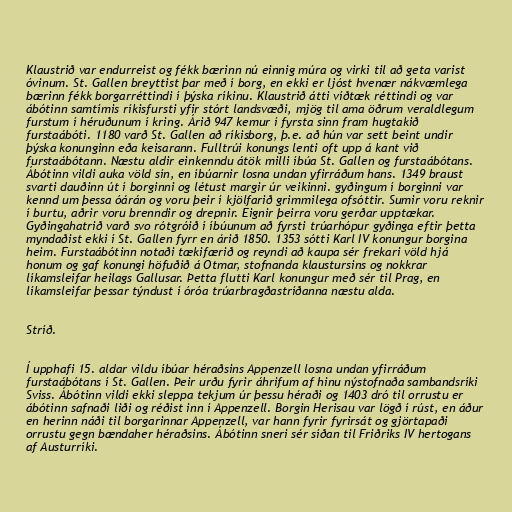
Klaustrið var endurreist og fékk bærinn nú einnig múra og virki til að geta varist
óvinum. St. Gallen breyttist þar með í borg, en ekki er ljóst hvenær nákvæmlega
bærinn fékk borgarréttindi í þýska ríkinu. Klaustrið átti víðtæk réttindi og var
ábótinn samtímis ríkisfursti yfir stórt landsvæði, mjög til ama öðrum veraldlegum
furstum í héruðunum í kring. Árið 947 kemur í fyrsta sinn fram hugtakið
furstaábóti. 1180 varð St. Gallen að ríkisborg, þ.e. að hún var sett beint undir
þýska konunginn eða keisarann. Fulltrúi konungs lenti oft upp á kant við
furstaábótann. Næstu aldir einkenndu átök milli íbúa St. Gallen og furstaábótans.
Ábótinn vildi auka völd sín, en íbúarnir losna undan yfirráðum hans. 1349 braust
svarti dauðinn út í borginni og létust margir úr veikinni. gyðingum í borginni var
kennd um þessa óárán og voru þeir í kjölfarið grimmilega ofsóttir. Sumir voru reknir
í burtu, aðrir voru brenndir og drepnir. Eignir þeirra voru gerðar upptækar.
Gyðingahatrið varð svo rótgróið í íbúunum að fyrsti trúarhópur gyðinga eftir þetta
myndaðist ekki í St. Gallen fyrr en árið 1850. 1353 sótti Karl IV konungur borgina
heim. Furstaábótinn notaði tækifærið og reyndi að kaupa sér frekari völd hjá
honum og gaf konungi höfuðið á Otmar, stofnanda klaustursins og nokkrar
líkamsleifar heilags Gallusar. Þetta flutti Karl konungur með sér til Prag, en
líkamsleifar þessar týndust í óróa trúarbragðastríðanna næstu alda.

Stríð.

Í upphafi 15. aldar vildu íbúar héraðsins Appenzell losna undan yfirráðum
furstaábótans í St. Gallen. Þeir urðu fyrir áhrifum af hinu nýstofnaða sambandsríki
Sviss. Ábótinn vildi ekki sleppa tekjum úr þessu héraði og 1403 dró til orrustu er
ábótinn safnaði liði og réðist inn í Appenzell. Borgin Herisau var lögð í rúst, en áður
en herinn náði til borgarinnar Appenzell, var hann fyrir fyrirsát og gjörtapaði
orrustu gegn bændaher héraðsins. Ábótinn sneri sér síðan til Friðriks IV hertogans
af Austurríki.